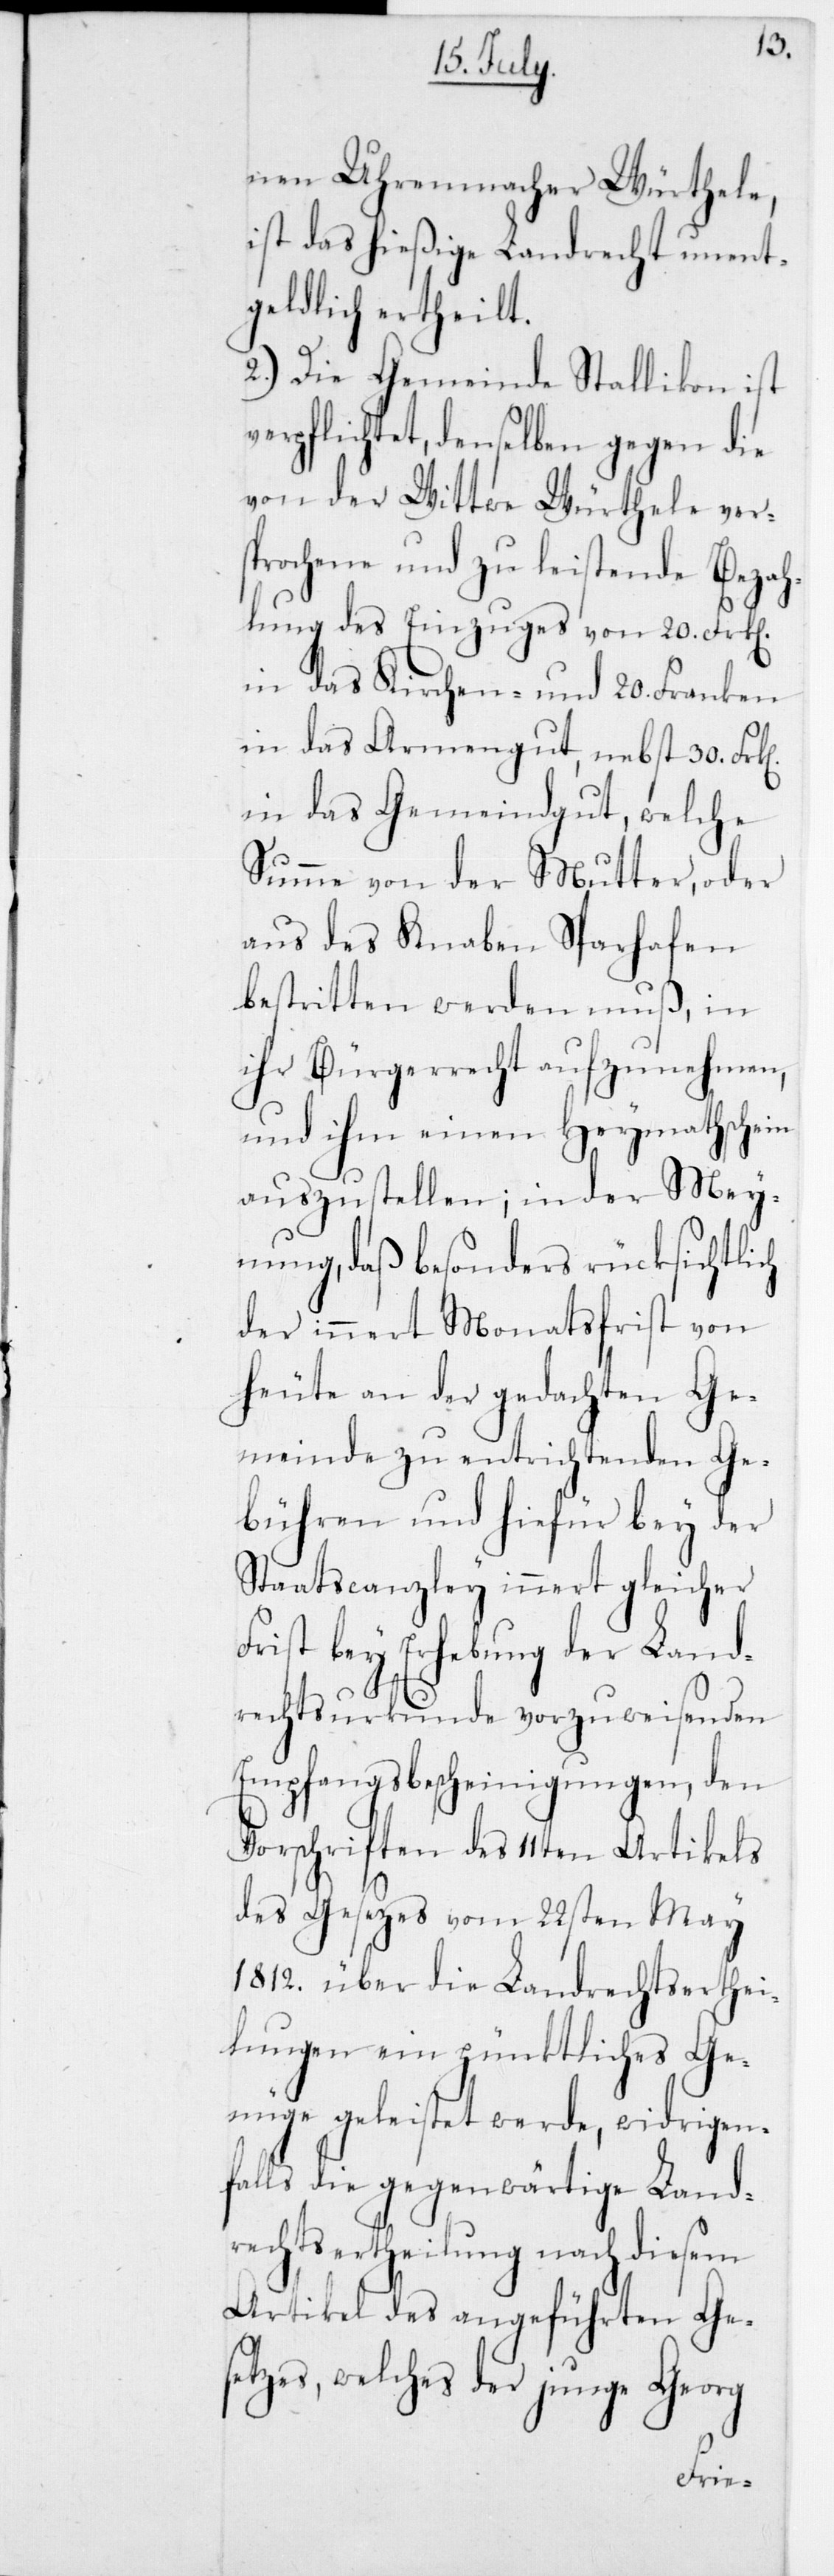
nen Uhrenmacher Würthele,
ist das hießige Landsrecht unent¬
geldlich ertheilt.
2.) Die Gemeinde Stallikon ist
verpflichtet, denselben gegen die
von der Wittwe Würthele ver¬
sprochene und zu leistende Bezah¬
lung des Einzuges von 20 Frk[en]
in das Kirchen- und 20 Franken
in das Armengut, nebst 30 Frk[en]
in das Gemeindgut, welche
Summe von der Mutter oder
aus des Knaben Sparhafen
bestritten werden muß, in
ihr Bürgerrecht aufzunehmen,
und ihm einen Heymathschein
auszustellen; in der Mey¬
nung, daß besonders rücksichtlich
der innert Monatsfrist von
heute an der gedachten Ge¬
meinde zu entrichtenden Ge¬
bühren und hiefür bey der
Staatscanzley innert gleicher
Frist bey Erhebung der Land¬
rechtsurkunde vorzuweisenden
Empfangsbescheinigungen, den
Vorschriften des 11ten Artikels
des Gesetzes vom 22sten May
1812 über die Landrechtserthei¬
lungen ein pünktliches Ge¬
nüge geleistet werde, widrigen¬
falls die gegenwärtige Land¬
rechtsertheilung nach diesem
Artikel des angeführten Ges¬
etzes, welches der junge Georg